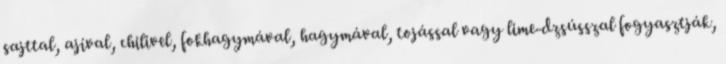
sajttal, ajíval, chilivel, fokhagymával, hagymával, tojással vagy lime-dzsússzal fogyasztják,